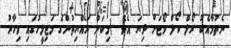
ނެތުމާއެކު ރޯލް ކޯލް ވޯޓަށް ދިޔަ އެވެ. (މިކަން ރައްޔިތުންގެ މަޖިލީހުގައި މިހާރު